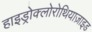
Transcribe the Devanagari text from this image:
हाइड्रोक्लोरोथियाज़ाइड